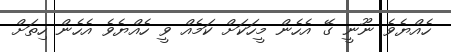
ހެއްޔެވެ ނޫނީ ގޭ އެހެން މީހަކަށް ކަމެއް ވީ ހެއްޔެވެ އެހެން ހިތަށް